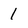
Character: 1